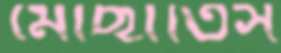
মোছাতিস